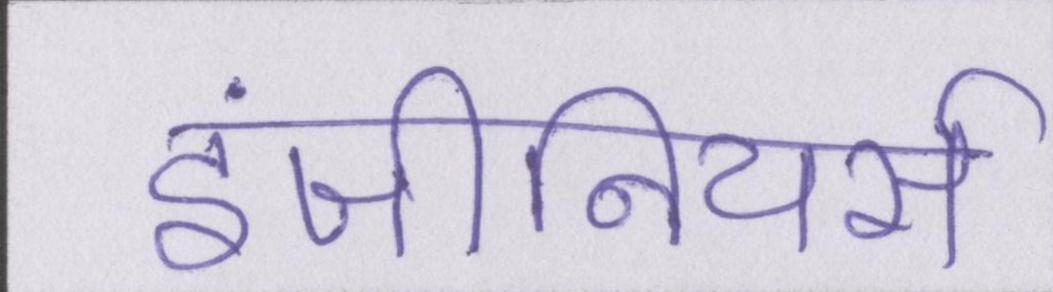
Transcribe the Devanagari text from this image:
इंजीनियर्स